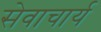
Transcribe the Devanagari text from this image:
सेवाचार्य